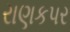
રાણકપર